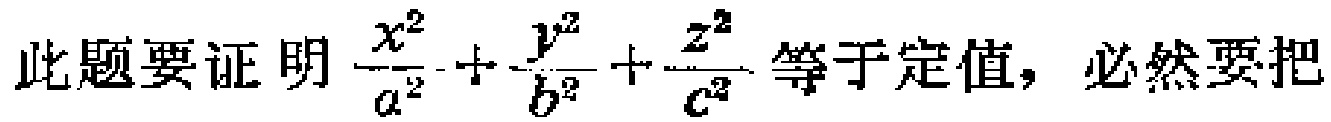
此题要证明$\frac{x^{2}}{a^{2}}+\frac{y^{2}}{b^{2}}+\frac{z^{2}}{c^{2}}$等于定值，必然要把